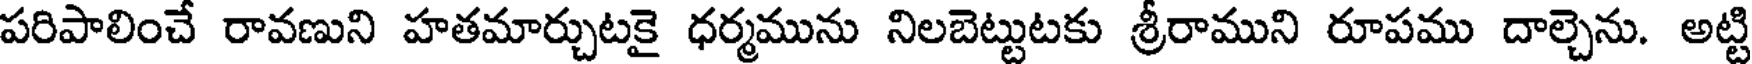
పరిపాలించే రావణుని హతమార్చుటకై ధర్మమును నిలబెట్టుటకు శ్రీరాముని రూపము దాల్చెను. అట్టి